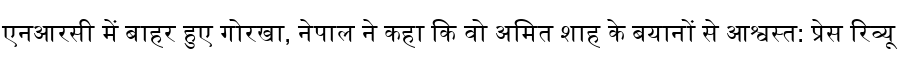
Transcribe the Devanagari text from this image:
एनआरसी में बाहर हुए गोरखा, नेपाल ने कहा कि वो अमित शाह के बयानों से आश्वस्त: प्रेस रिव्यू